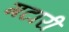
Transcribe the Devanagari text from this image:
गटारी